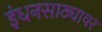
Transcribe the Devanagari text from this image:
इंधनसाठ्यावर